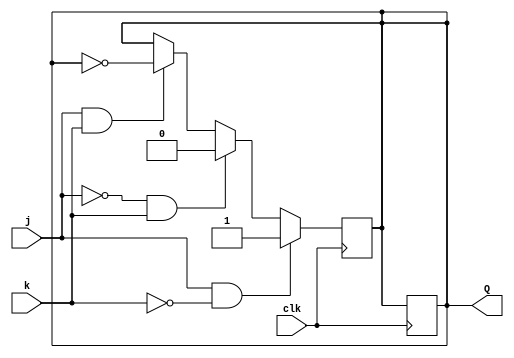
module top_module (
    input clk,
    input j,
    input k,
    output Q); 
always @(posedge clk )begin
    if (j & ~k)
            Q <= 1'b1; 
    else if (~j&k)
            Q <= 1'b0; 
    else if (j & k)
            Q <= ~Q;
end
    always @(posedge clk) begin
        Q <= Q;
    end
endmodule